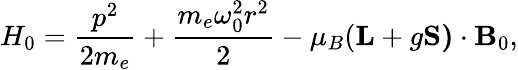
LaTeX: H_{0}=\frac{p^{2}}{2m_{e}}+\frac{m_{e}\omega_{0}^{2}r^{2}}{2}-\mu_{B}(\mathbf{L}+g\mathbf{S)}\cdot\mathbf{B}_{0},